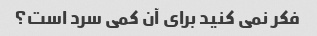
فکر نمی کنید برای آن کمی سرد است؟